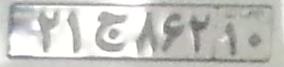
۲۱ج۸۶۲۱۰